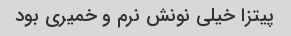
پیتزا خیلی نونش نرم و خمیری بود